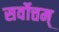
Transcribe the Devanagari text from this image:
सर्वोत्तम्